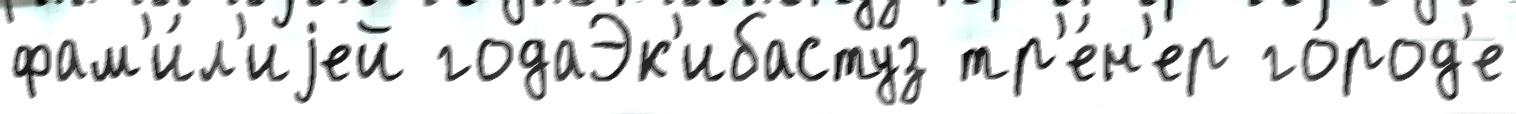
фам'и́л'иjей годаЭк'ибастуз тр'е́н'ер го́род'е